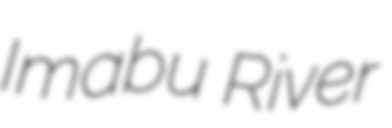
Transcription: Imabu River